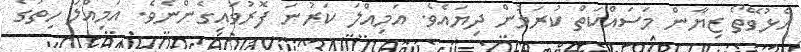
އެޅުވޭތޯ ޒިޔާން މަސައްކަތް ކުރަމުން ދިޔައެވެ. އަމިއްލަ ކަރުނަ ފޮރުވައިގެންނެވެ. އަމިއްލަ ހިތުގެ